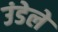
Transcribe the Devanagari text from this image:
उंडेले